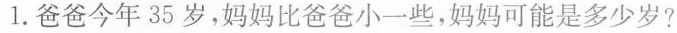
1. 爸爸今年35岁，妈妈比爸爸小一些，妈妈可能是多少岁?